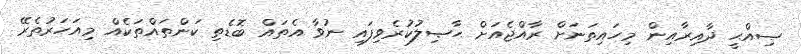
ޞިއްޙީ ދާއިރާއިން މިހައިތަނަށް ރާއްޖެއަށް ޙާޞިލުކުރެވިފައި ނުވާ އެތައް ބޮޑެތި ކަންތައްތަކެއް މިއަހަރުތެރޭ